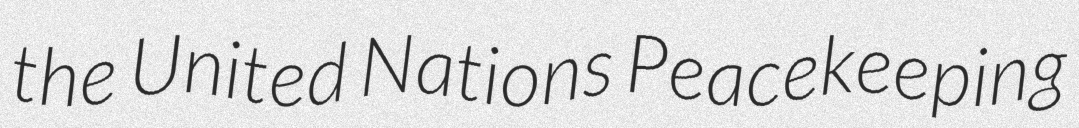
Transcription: the United Nations Peacekeeping